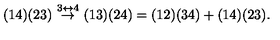
( 1 4 ) ( 2 3 ) \ { \stackrel { 3 \leftrightarrow 4 } { \rightarrow } } \ ( 1 3 ) ( 2 4 ) = ( 1 2 ) ( 3 4 ) + ( 1 4 ) ( 2 3 ) .